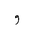
Letter: _waw